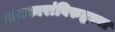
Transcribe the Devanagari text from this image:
रजाकारांविरुद्धच्या